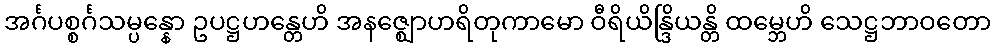
အင်္ဂပစ္စင်္ဂသမ္ပန္နော ဥပဋ္ဌဟန္တေဟိ အနဇ္ဈောဟရိတုကာမော ဝီရိယိန္ဒြိယန္တိ ထမ္ဘေဟိ သေဋ္ဌဘာဝတော